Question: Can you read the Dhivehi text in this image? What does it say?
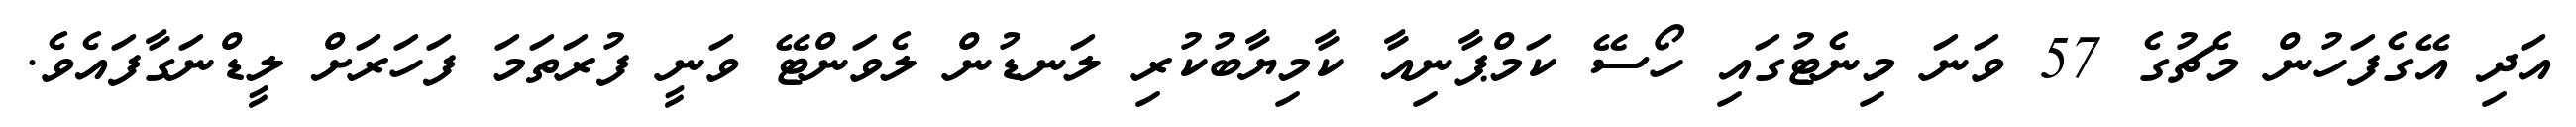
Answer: އަދި އޭގެފަހުން މެޗުގެ 57 ވަނަ މިނެޓުގައި ހޯސޭ ކަމްޕާނިއާ ކާމިޔާބުކުރި ލަނޑުން ލެވަންޓޭ ވަނީ ފުރަތަމަ ފަހަރަށް ލީޑްނަގާފައެވެ.